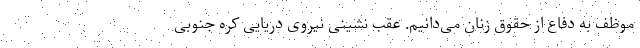
موظف به دفاع از حقوق زنان می‌دانیم. عقب نشینی نیروی دریایی کره جنوبی